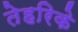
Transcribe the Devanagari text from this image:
तेहरिके